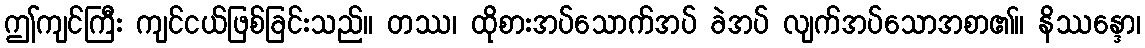
ဤကျင်ကြီး ကျင်ငယ်ဖြစ်ခြင်းသည်။ တဿ၊ ထိုစားအပ်သောက်အပ် ခဲအပ် လျက်အပ်သောအစာ၏။ နိဿန္ဒော၊